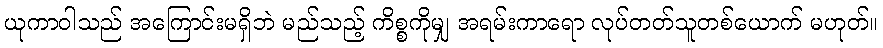
ယုကာဝါသည် အကြောင်းမရှိဘဲ မည်သည့် ကိစ္စကိုမျှ အရမ်းကာရော လုပ်တတ်သူတစ်ယောက် မဟုတ်။